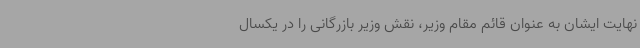
نهایت ایشان به عنوان قائم مقام وزیر، نقش وزیر بازرگانی را در یکسال